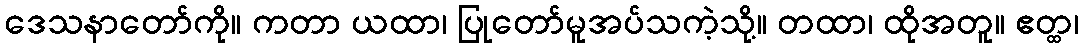
ဒေသနာတော်ကို။ ကတာ ယထာ၊ ပြုတော်မူအပ်သကဲ့သို့။ တထာ၊ ထိုအတူ။ ဧတ္ထ၊